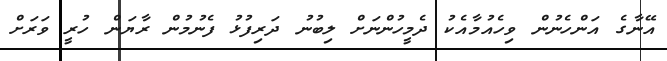
އޭނާގެ އަންހެނުން ވިހެއުމާއެކު ދެމީހުންނަށް ލިބުނު ދަރިފުޅު ފެނުމުން ރާޔަން ހުރީ ވަރަށް